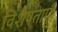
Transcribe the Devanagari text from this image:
विशेषताएँ।